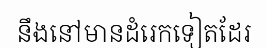
នឹងនៅមានដំរេកទៀតដែរ